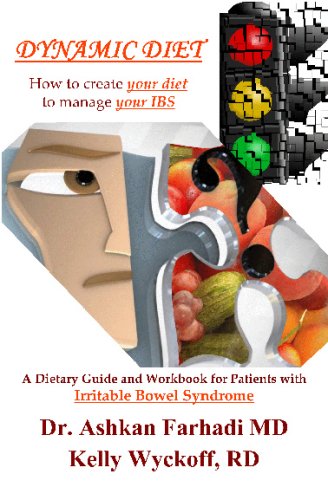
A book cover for Dynamic Diet: A Dietary Guide And Workbook For Patients With Irritable Bowel Syndrome; Ashkan Farhadi; Health, Fitness & Dieting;